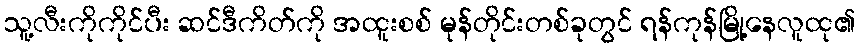
သူ့လီးကိုကိုင်ပီး ဆင်ဒီကိတ်ကို အထူးစစ် မုန်တိုင်းတစ်ခုတွင် ရန်ကုန်မြို့နေလူထု၏